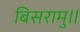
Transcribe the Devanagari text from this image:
बिसरामु॥